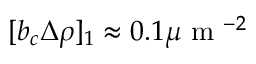
[ b _ { c } \Delta \rho ] _ { 1 } \approx 0 . 1 \mu \textrm { m } ^ { - 2 }